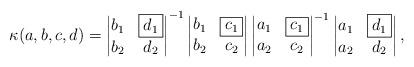
LaTeX: \begin{align*}\kappa(a,b,c,d)=\begin{vmatrix}b_1 & \boxed{d_1}\\ b_2 & d_2\end{vmatrix}^{-1}\begin{vmatrix}b_1 & \boxed{c_1}\\ b_2 & c_2\end{vmatrix}\begin{vmatrix}a_1 & \boxed{c_1}\\ a_2 & c_2\end{vmatrix}^{-1}\begin{vmatrix}a_1 & \boxed{d_1}\\ a_2 & d_2\end{vmatrix},\end{align*}